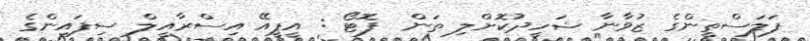
ފަލަސްތީންގެ ޒުވާނާ ޝަހީދުކޮށްލި ތަން  ފޮޓޯ : އީޕީއޭ އިސްރާއީލް ސިފައިންގެ